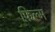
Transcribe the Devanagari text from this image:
फ़िल्म